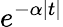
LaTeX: e^{-\alpha|t|}